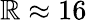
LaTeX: \mathbb{R}\approx16